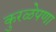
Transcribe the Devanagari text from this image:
कुरळेपणा